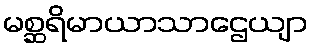
မစ္ဆရိမာယာသာဌေယျာ